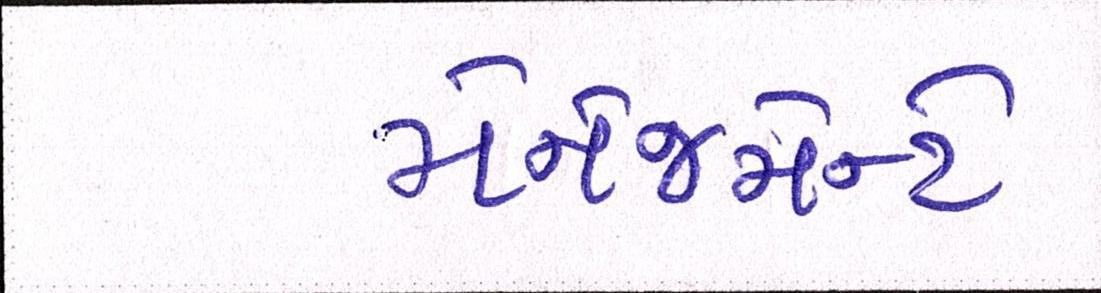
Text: મૅનેજમેન્ટે